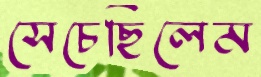
সেচেছিলেম